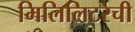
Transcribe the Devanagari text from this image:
मिलिलिटरची